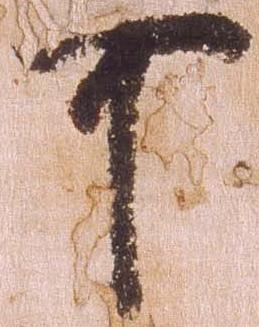
可